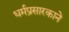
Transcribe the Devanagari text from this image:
धर्मप्रसारकाने